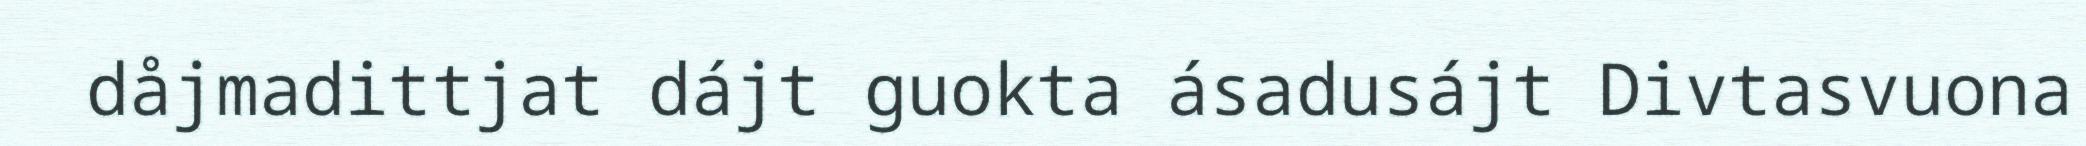
dåjmadittjat dájt guokta ásadusájt Divtasvuona